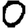
Digit: 0